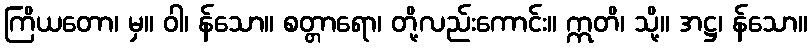
ကြိယတော၊ မှ။ ဝါ၊ န်သော။ စတ္တာရော၊ တို့လည်းကောင်း။ ဣတိ၊ သို့။ အဋ္ဌ၊ န်သော။